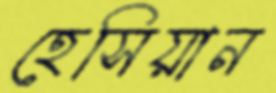
হেসিয়ান